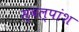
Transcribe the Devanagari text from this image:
स्वल्पांश